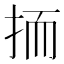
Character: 㧫